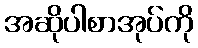
အဆိုပါစာအုပ်ကို